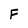
Character: F